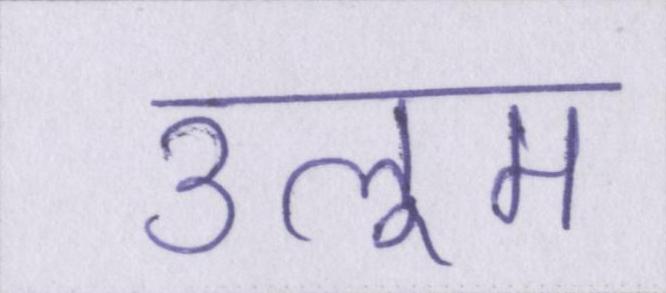
उलूम